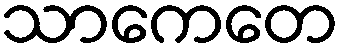
သာကေတေ